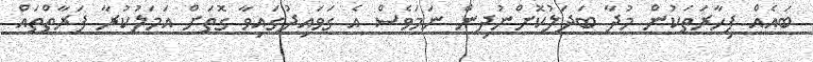
ބައެއް ފިހާރަތަކުން މުދާ ބަދަލުކޮށްނުދިން ނަމަވެސް އެ ގަވައިދުގައިވާ ގޮތަށް އަމަލުކުރާ ފަރާތްތައް